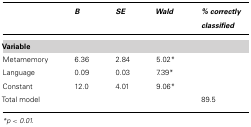
|  | B | SE | Wald | % correctly classified |
 | --- | --- | --- | --- | --- |
 | Variable |
 | Metamemory | 6.36 | 2.84 | 5.02* |  |
 | Language | 0.09 | 0.03 | 7.39* |  |
 | Constant | 12.0 | 4.01 | 9.06* |  |
 | Total model |  |  |  | 89.5 |